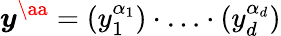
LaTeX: \boldsymbol{y}^{\aa}=(y_{1}^{\alpha_{1}})\cdot\ldots\cdot(y_{d}^{\alpha_{d}})